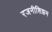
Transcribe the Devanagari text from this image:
रजनीशिझम